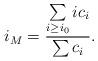
LaTeX: \begin{align*}i_M= \frac{\sum\limits_{i\geq i_0} i c_i }{\sum c_i}.\end{align*}